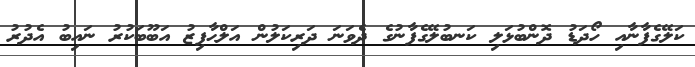
ކަލޭގެފާނާއި ހޯދަޑު ދޮންބުޅަލި ކަނބުލޭގެފާނުގެ ދެވަނަ ދަރިކަލުން އަލްޙާފިޒު އަބޫބަކުރު ނައިބު އެދުރު